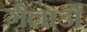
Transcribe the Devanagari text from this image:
गैलार्डो